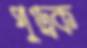
পুণ্ড্রক